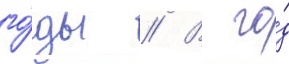
го́ды // В го́д